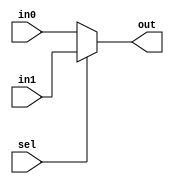
`timescale 1ns / 1ps
//////////////////////////////////////////////////////////////////////////////////
// Company: 
// Engineer: 
// 
// Design Name: 
// Module Name:    mux2x1 
// Project Name: 
// Target Devices: 
// Tool versions: 
// Description: 
//
// Dependencies: 
//
// Revision: 
// Revision 0.01 - File Created
// Additional Comments: 
//
//////////////////////////////////////////////////////////////////////////////////
module mux2x1(
    input [31:0] in0,
    input [31:0] in1,
    input sel, 
    output [31:0] out
    );

assign out=sel?in1:in0;   //if sel is 1, choose inp1 else choose inp2



endmodule